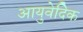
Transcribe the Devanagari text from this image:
आयुवेदिेक